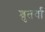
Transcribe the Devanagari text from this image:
श्रुतर्वा